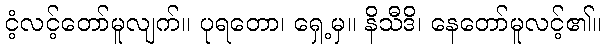
ငံ့လင့်တော်မူလျက်။ ပုရတော၊ ရှေ့မှ။ နိသီဒိ၊ နေတော်မူလင့်၏။